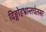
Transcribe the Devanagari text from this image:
दिङ्मोहभ्रान्तचेतसः